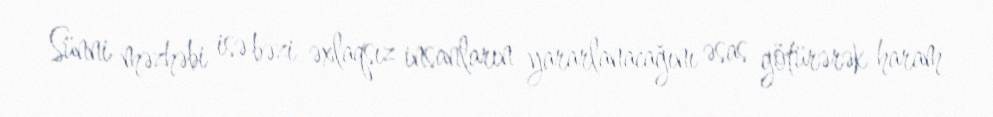
Sünni məzhəbi isə bəzi əxlaqsız insanların yararlanacağını əsas götürərək haram